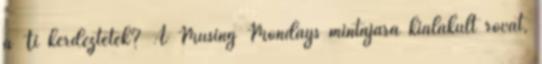
a Ti kérdeztétek? A Musing Mondays mintájára kialakult rovat,